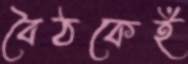
বৈঠকেই